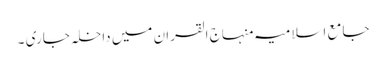
جامع اسلامیہ منہاج القران میں داخلہ جاری ۔